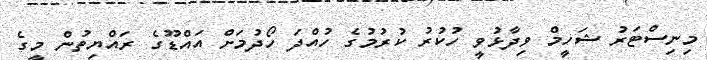
މިނިސްޓަރު ޝަހީމް ވިދާޅުވީ ހުކުރު ކުރުމުގެ ހުއްދަ ހޯދުމަށް އައްޑޫގެ ރައްޔިތުން މީގެ